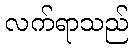
လက်ရာသည်